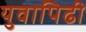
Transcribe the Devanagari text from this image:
युवापिढी